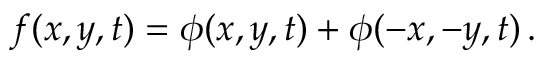
f ( x , y , t ) = \phi ( x , y , t ) + \phi ( - x , - y , t ) \, .